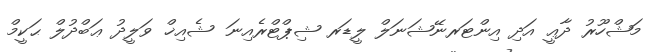
މަޝްހޫރު ދާޢީ އަދި އިންޓަރނޭޝަނަލް ލީޑަރ ޝިޕްޓްރެއިނަ  ޝެއިޚް ވަލީދު ޢަބްދުލް ޙަކީމް